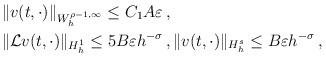
LaTeX: \begin{align*} & \|v(t,\cdot)\|_{W^{\rho-1,\infty}_h} \le C_1 A\varepsilon \, ,\\&\|\mathcal{L}v(t,\cdot)\|_{H^1_h} \le 5 B\varepsilon h^{-\sigma}\,, \|v(t,\cdot)\|_{H^s_h} \le B\varepsilon h^{-\sigma} \,,\end{align*}